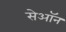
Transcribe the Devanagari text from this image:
सेऑन